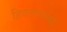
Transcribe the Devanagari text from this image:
हिवतापाच्या